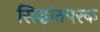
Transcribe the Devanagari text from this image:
सिद्धांतपरक